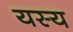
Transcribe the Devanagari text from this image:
यस्‍य